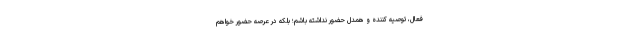
فعال، توصیه کننده و همدل حضور نداشته باشم؛ بلکه در عرصه حضور خواهم